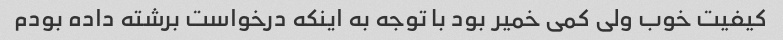
کیفیت خوب ولی کمی خمیر بود با توجه به اینکه درخواست برشته داده بودم